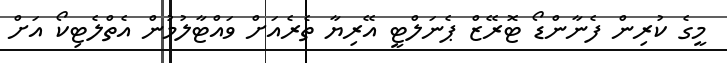
މީގެ ކުރިން ފެނާންޑޯ ޓޮރޭޒް ޕެނަލްޓީ އޭރިޔާ ތެރެއަށް ވައްޓާލުމުން އެތްލެޓިކޯ އަށް